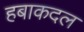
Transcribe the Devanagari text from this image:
हबाकदल